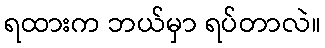
ရထားက ဘယ်မှာ ရပ်တာလဲ။